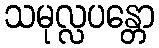
သမုလ္လပန္တော